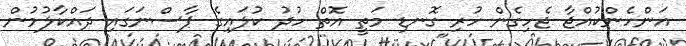
އަންހެންކުއްޖާ ޖެހިގެން ހުރި ގޮނޑި މަތީ އޮތް ހުދު ކުލައިގެ ޕާސްނަގައި ދައްކާލުމުން